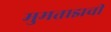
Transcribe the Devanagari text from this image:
मुमताझची